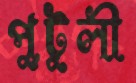
পুটুলী